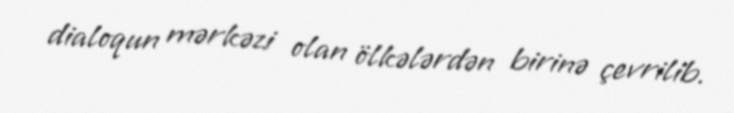
dialoqun mərkəzi olan ölkələrdən birinə çevrilib.